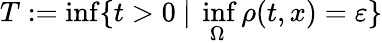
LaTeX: T:=\operatorname*{inf}\{ t>0\ \lvert\ \operatorname*{inf}_{\Omega}\rho(t,x)=\varepsilon\}